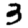
Digit: 3